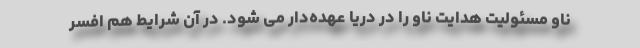
ناو مسئولیت هدایت ناو را در دریا عهده‌دار می شود. در آن شرایط هم افسر